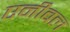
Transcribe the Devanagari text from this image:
एनीबल